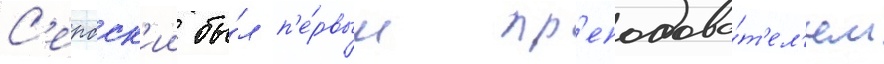
С'ербск'ии бы́л п'е́рвым пр'еподава́т'ел'ем